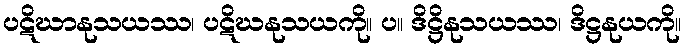
ပဋိဃာနုသယဿ၊ ပဋိဃနုသယကို။ ပ။ ဒိဋ္ဌိနုသယဿ၊ ဒိဋ္ဌနုယကို။